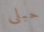
حبلى